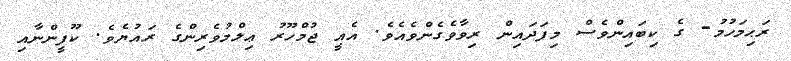
ރަޙިމަހުމު- ގެ ކިބައިންވެސް މިފަދައިން ރިވާވެގެންވެއެވެ. އެއީ ޖުމްހޫރު ޢިލްމުވެރިންގެ ރައުޔެވެ. ކޫފީންނާއި